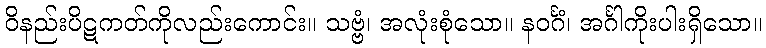
ဝိနည်းပိဋကတ်ကိုလည်းကောင်း။ သဗ္ဗံ၊ အလုံးစုံသော။ နဝင်္ဂံ၊ အင်္ဂါကိုးပါးရှိသော။